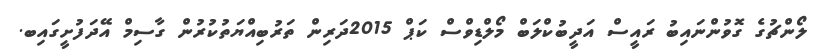
ލޯންޗުގެ ގޮވުންނައިބު ރައީސް އަދީބުކްލަބް މޯލްޑިވްސް ކަޕް 2015ދަރިން ތަރުބިއްޔަތުކުރުން ގާސިމް އޭދަފުށީގައިބ.